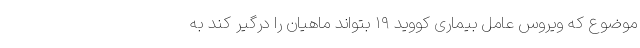
موضوع که ویروس عامل بیماری کووید ۱۹ بتواند ماهیان را درگیر کند به